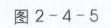
图 2 - 4 - 5